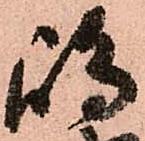
嶋